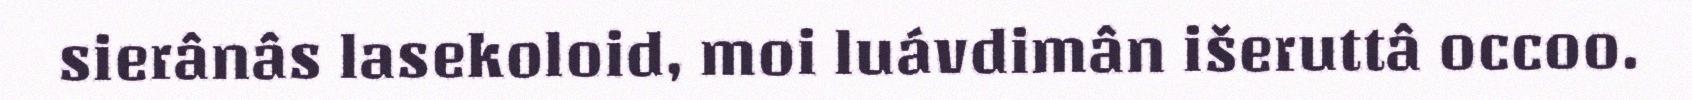
sierânâs lasekoloid, moi luávdimân išeruttâ occoo.